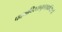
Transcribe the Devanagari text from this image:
पदमविरतानुत्तरज्ञाप्तिरूपं